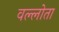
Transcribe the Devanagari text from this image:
वल्लोता